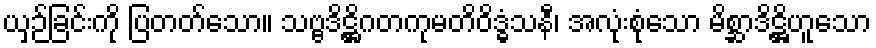
ယှဉ်ခြင်းကို ပြတတ်သော။ သဗ္ဗဒိဋ္ဌိဂတကုမတိဝိဒ္ဓံသနီ၊ အလုံးစုံသော မိစ္ဆာဒိဋ္ဌိဟူသော